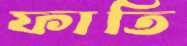
ফাতি